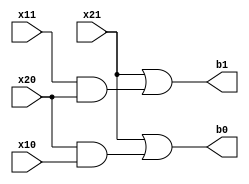
module rd (input x11,x10,x21,x20,output b1,b0);
assign b1=x21 | (x11 & x20);

assign b0=x21 | (x20 &x10);

endmodule

module rdm(s1,s0,y1,y0);
input [32:0] s1;
input [32:0] s0;
output [32:0] y1;
output [32:0] y0;
wire [32:0] w1;
wire [32:0] w0;
wire [32:0] q1;
wire [32:0] q0;
wire [32:0] u1;
wire [32:0] u0;
wire [32:0] r1;
wire [32:0] r0;
wire [32:0] l0;
wire [32:0] l1;

genvar i;
generate 
for(i=32;i>0;i=i-1)
begin : ripple1
rd rd0(s1[i-1],s0[i-1],s1[i],s0[i],w1[i],w0[i]);
end
endgenerate


assign w1[0]=s1[0];
assign w0[0]=s0[0]; 




generate 
for(i=32;i>1;i=i-1)
begin : ripple2
rd rd1(w1[i-2],w0[i-2],w1[i],w0[i],u1[i],u0[i]);
end
endgenerate

assign u1[0]=w1[0];
assign u0[0]=w0[0];
assign u1[1]=w1[1];
assign u0[1]=w0[1];


generate 
for(i=32;i>3;i=i-1)
begin : ripple3
rd rd2(u1[i-4],u0[i-4],u1[i],u0[i],r1[i],r0[i]);
end
endgenerate

assign r1[0]=u1[0];
assign r0[0]=u0[0];
assign r1[1]=u1[1];
assign r0[1]=u0[1];
assign r1[2]=u1[2];
assign r0[2]=u0[2];
assign r1[3]=u1[3];
assign r0[3]=u0[3];


for(i=0;i<=7;i=i+1)
 begin
assign l1[i]=r1[i];
assign l0[i]=r0[i];
end


generate 
for(i=32;i>7;i=i-1)
begin : ripple4
rd rd(r1[i-8],r0[i-8],r1[i],r0[i],l1[i],l0[i]);
end
endgenerate 

for(i=0;i<=15;i=i+1)
 begin
assign y1[i]=l1[i];
assign y0[i]=l0[i];
end


generate 
for(i=32;i>15;i=i-1)
begin : ripple5
rd rd(l1[i-16],l0[i-16],l1[i],l0[i],y1[i],y0[i]);
end
endgenerate 


endmodule